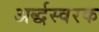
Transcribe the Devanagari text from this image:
अर्द्धस्वरक